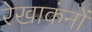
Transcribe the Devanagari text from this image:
रेखाकंनों